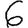
Digit: 6